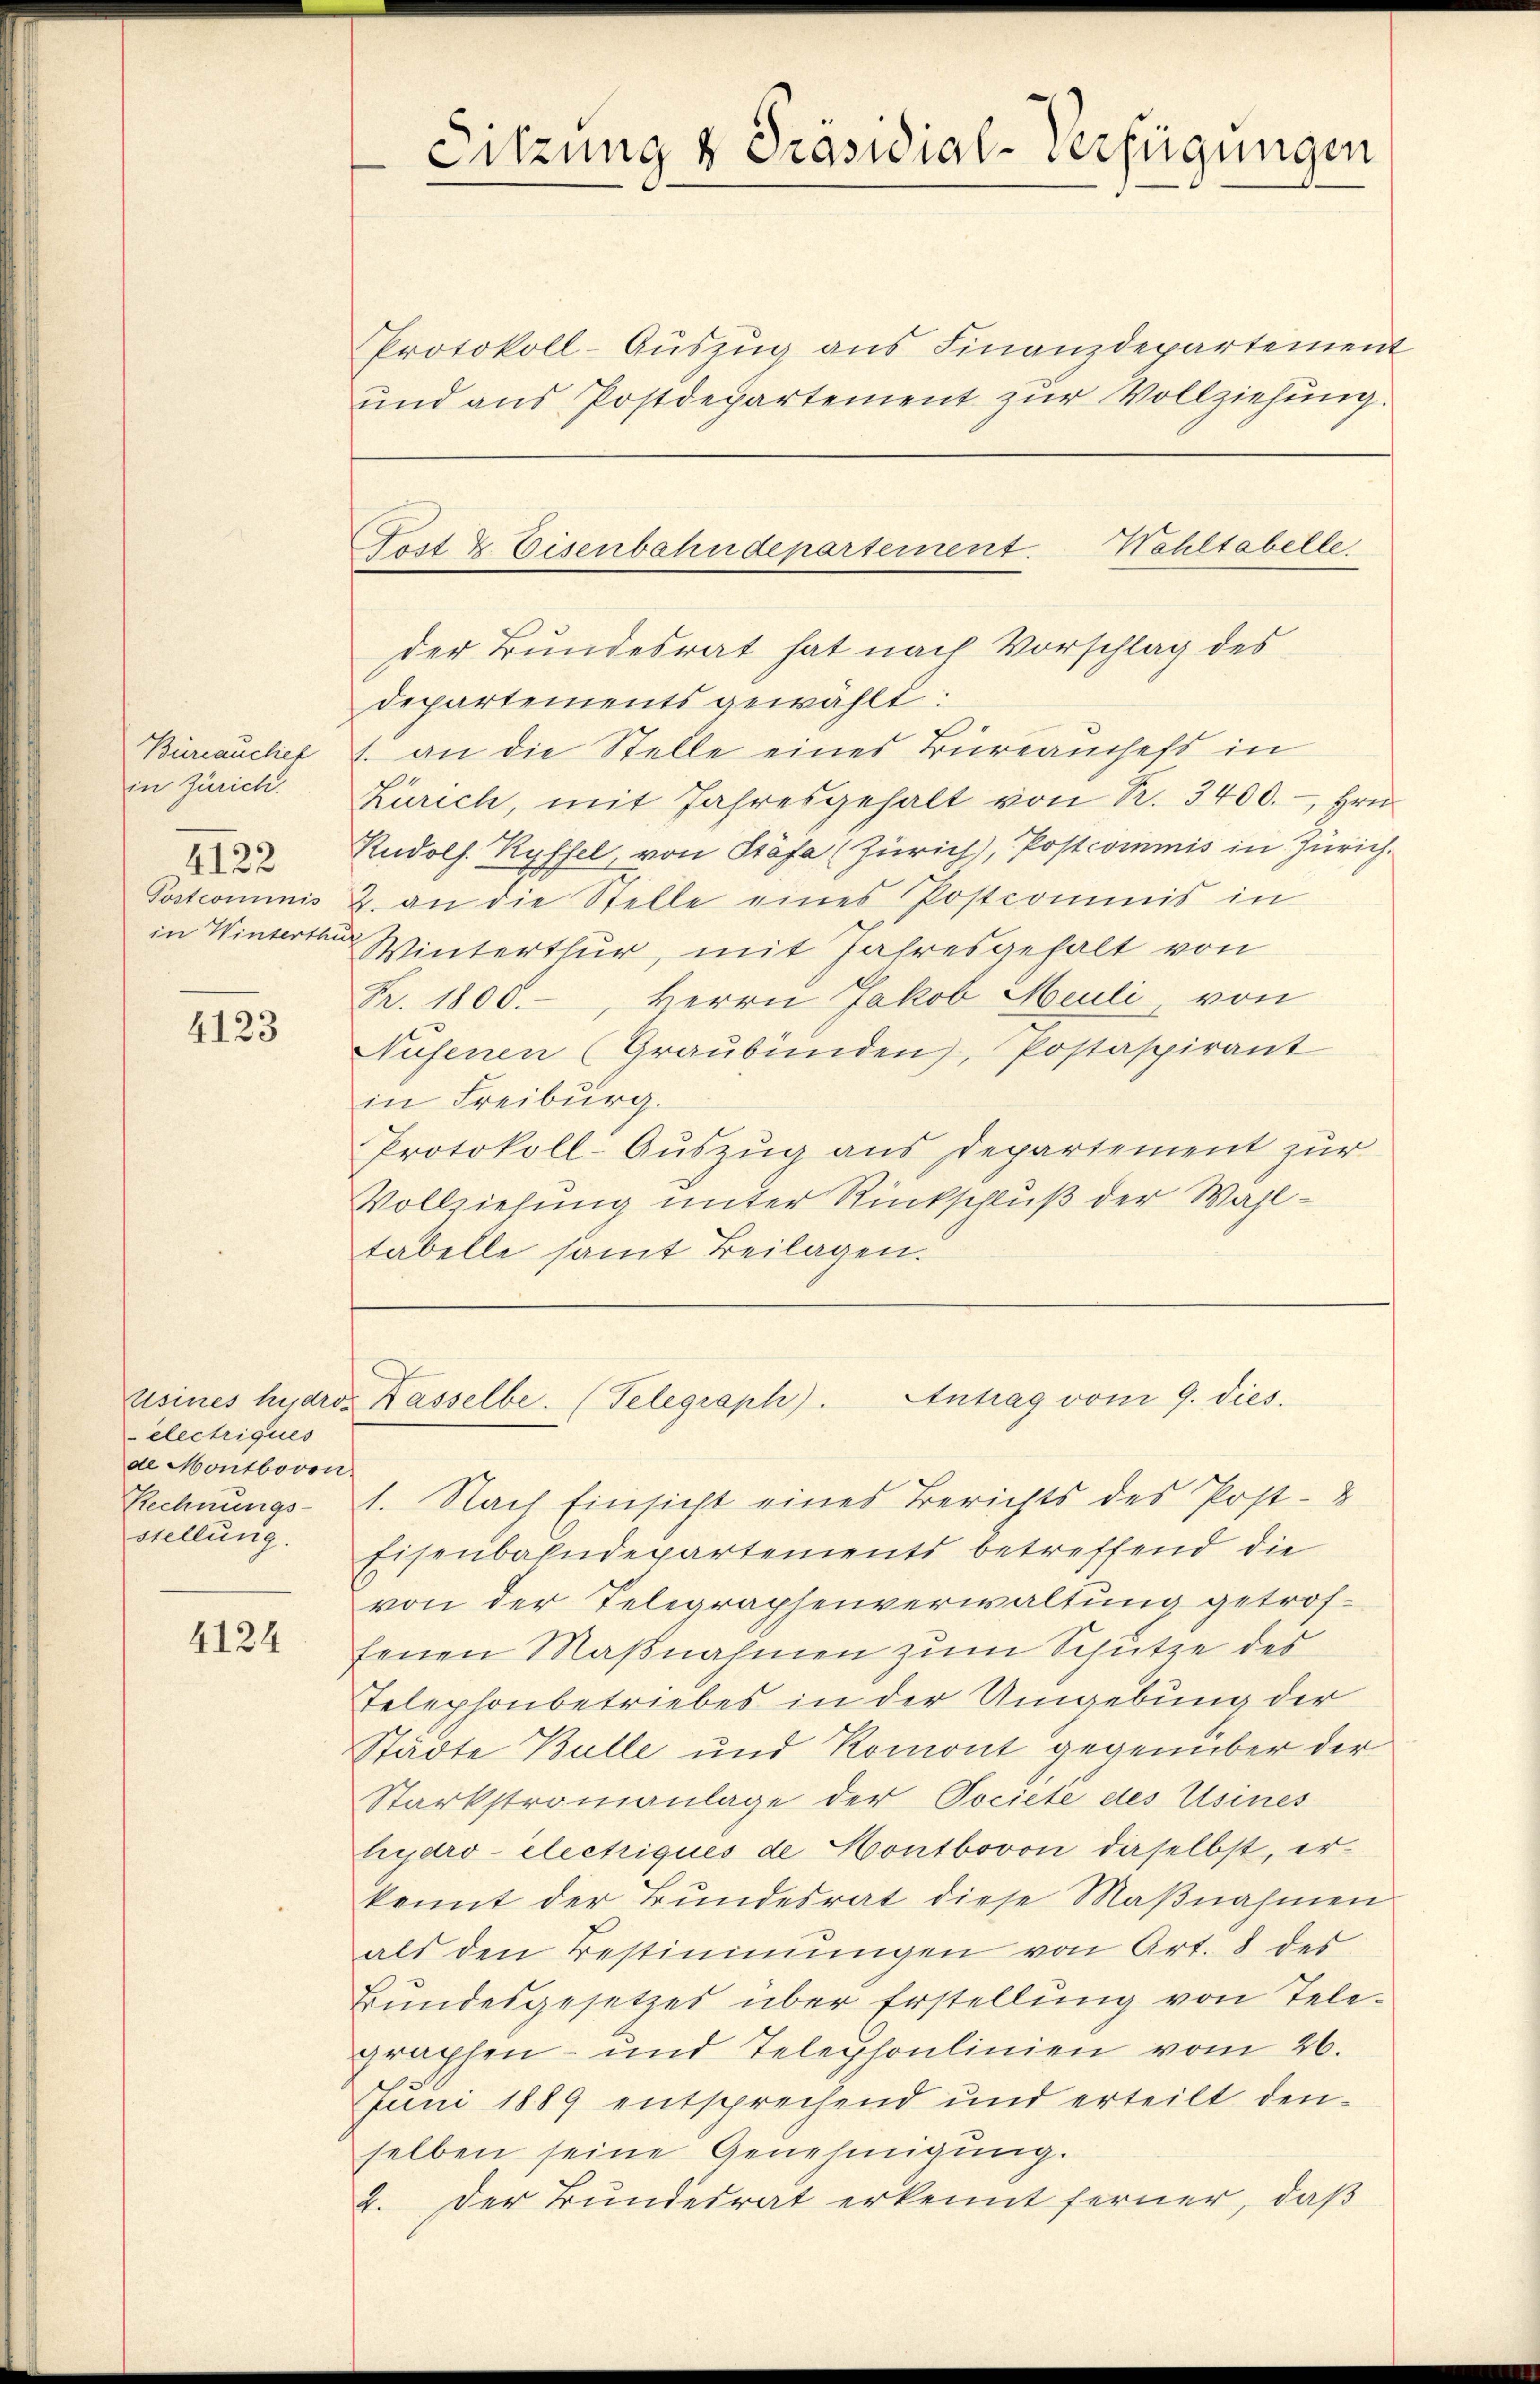
Bureauchet
in Zürich.
4122
Postcommis

4123

electriques
de Montbovon
stellung.

4124

Protokoll-Auszug aus Finanzdepartement
und aus Postdepartement zur Vollziehung.

Sitzung v. Präsidial-Verfügungen

Gost & Eisenbahndepartement. Wohltabelle

der Bundesrat hat nach Vorschlag des
departements gewählt:
1. an die Stelle eines Büreauchefs in
Zürich, mit Jahresgehalt von R. 3400.- Hrn.
Rudolf. Ryffel, von Stäfa (Zürich), Postcommis in Zürich.
2. an die Stelle eines Postcommis in
in Winterthe Winterthur, mit Jahresgehalt von
Fr. 1800.-, Herrn Jakob Heuli, von
Nufenen (Graubünden, Postaspirant
in Freiburg.
Protokoll-Aŭszŭg ans Departement zŭr
Vollziehung unter Rückschluß der Wahltabelle samt Beilagen.

usines huard Kasselbe. (Telegraph). Antrag vom 9. dies

Rechnungs- 1. Nach Einsicht eines Berichts des Post-
Eisenbahndepartements betreffend die
von der Telegraphenverwaltung getroffenen Maßnahmen zum Schutze des
Telephonbetriebes in der Umgebung der
Städte Bulle und Romont gegenüber der
Starkstromanlage der Pociete des Usines
hydroélectriques de Hontbovon daselbst, erkannt der Bundesrat diese Maβnahmen
als den Bestimmungen von Art. 8 des
Bundesgesetzes über Erstellung von Telegraphen- und Telephonlinien vom 26.
Juni 1889 entsprechend und erteilt den-
selben seine Genehmigung.
2. Der Bundesrat erkennt ferner, daß